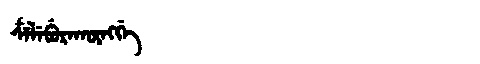
Manchu: ᠴᠶᠯᡝᠪᡠᡵᠠᡴᡡᠩᡤᡝ
Romanization: CYLEBURAKŪNGGE